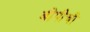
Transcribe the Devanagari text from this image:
बीपीची